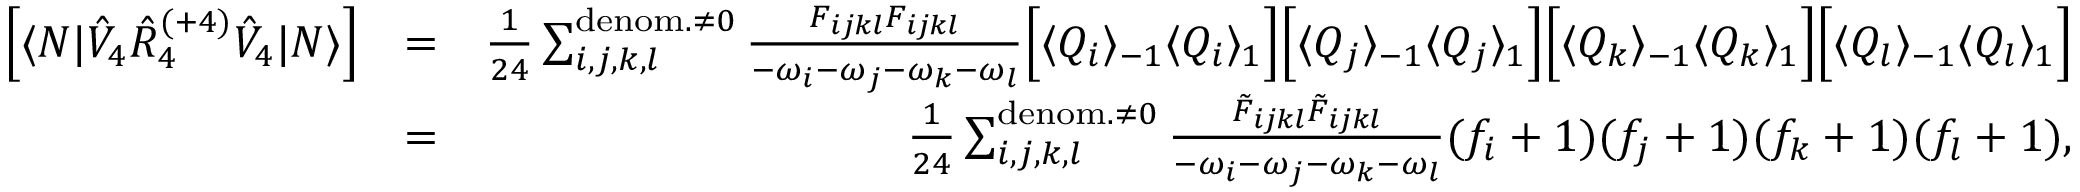
\begin{array} { r l r } { \left[ \langle N | \hat { V } _ { 4 } \hat { R } _ { 4 } ^ { ( + 4 ) } \hat { V } _ { 4 } | N \rangle \right] } & { = } & { \frac { 1 } { 2 4 } \sum _ { i , j , k , l } ^ { { \mathrm { d e n o m . } \neq 0 } } \frac { F _ { i j k l } F _ { i j k l } } { - \omega _ { i } - \omega _ { j } - \omega _ { k } - \omega _ { l } } \Big [ \langle Q _ { i } \rangle _ { - 1 } \langle Q _ { i } \rangle _ { 1 } \Big ] \Big [ \langle Q _ { j } \rangle _ { - 1 } \langle Q _ { j } \rangle _ { 1 } \Big ] \Big [ \langle Q _ { k } \rangle _ { - 1 } \langle Q _ { k } \rangle _ { 1 } \Big ] \Big [ \langle Q _ { l } \rangle _ { - 1 } \langle Q _ { l } \rangle _ { 1 } \Big ] } \\ & { = } & { \frac { 1 } { 2 4 } \sum _ { i , j , k , l } ^ { { \mathrm { d e n o m . } \neq 0 } } \frac { \tilde { F } _ { i j k l } \tilde { F } _ { i j k l } } { - \omega _ { i } - \omega _ { j } - \omega _ { k } - \omega _ { l } } ( f _ { i } + 1 ) ( f _ { j } + 1 ) ( f _ { k } + 1 ) ( f _ { l } + 1 ) , } \end{array}